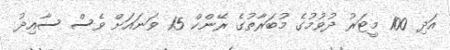
އަދި 100 މީޓަރު ދުވުމުގެ މުބަރާތުގެ ރޭންކް 15 ވަނައަށް ވެސް ސާއިދު